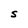
Character: S